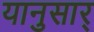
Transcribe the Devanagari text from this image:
यानुसार्